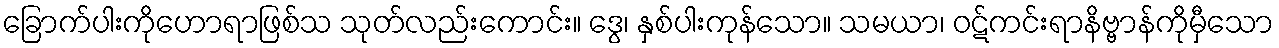
ခြောက်ပါးကိုဟောရာဖြစ်သ သုတ်လည်းကောင်း။ ဒွေ၊ နှစ်ပါးကုန်သော။ သမယာ၊ ဝဋ်ကင်းရာနိဗ္ဗာန်ကိုမှီသော